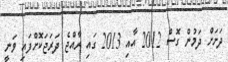
ދަށަށް ދަމުން ގޮސް 2012 އާއި 2013 ގައި ރާއްޖެ ދަރަޖަކޮށްފައި ވަނީ